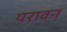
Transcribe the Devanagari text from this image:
यरावन